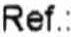
REF.: